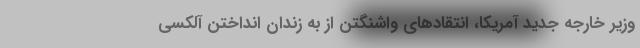
وزیر خارجه جدید آمریکا، انتقادهای واشنگتن از به زندان انداختن آلکسی